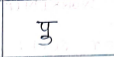
मजकूर: पु